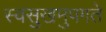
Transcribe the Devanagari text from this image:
स्वसुखमुपगते